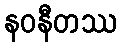
နဝနီတဿ